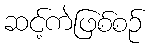
ဆင့်ကဲဖြစ်စဉ်